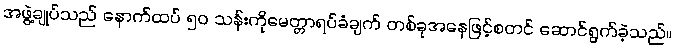
အဖွဲ့ချုပ်သည် နောက်ထပ် ၅၀ သန်းကိုမေတ္တာရပ်ခံချက် တစ်ခုအနေဖြင့်စတင် ဆောင်ရွက်ခဲ့သည်။